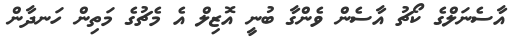
އާސެނަލްގެ ކޯޗު އާސެން ވެންގާ ބުނީ އޮޒިލް އެ މެޗުގެ މަތިން ހަނދާން